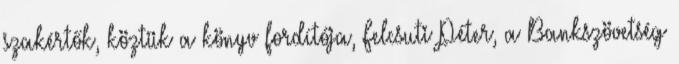
szakértők, köztük a könyv fordítója, Felcsuti Péter, a Bankszövetség